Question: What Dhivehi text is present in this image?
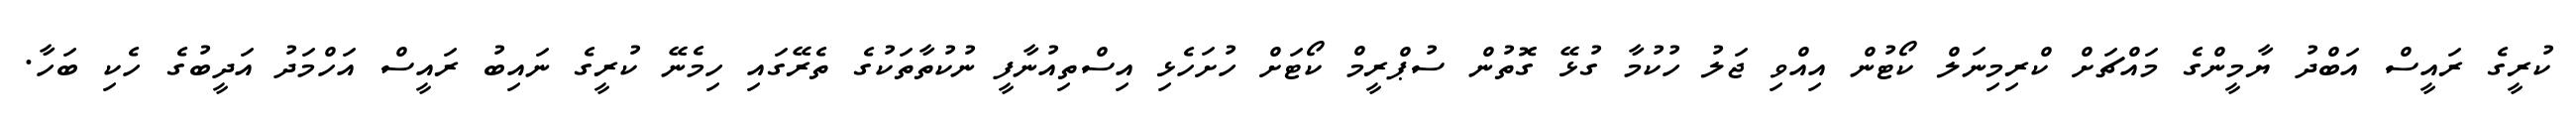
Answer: ކުރީގެ ރައީސް އަބްދު ޔާމީންގެ މައްޗަށް ކްރިމިނަލް ކޯޓުން އިއްވި ޖަލު ހުކުމާ ގުޅޭ ގޮތުން ސުޕްރީމް ކޯޓަށް ހުށަހެޅި އިސްތިއުނާފީ ނުކުތާތަކުގެ ތެރޭގައި ހިމެނޭ ކުރީގެ ނައިބު ރައީސް އަހްމަދު އަދީބުގެ ހެކި ބަހާ.